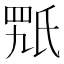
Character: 𣱍